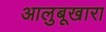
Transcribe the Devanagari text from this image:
आलुबूखारा